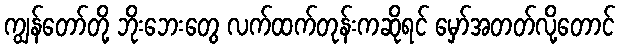
ကျွန်တော်တို့ ဘိုးဘေးတွေ လက်ထက်တုန်းကဆိုရင် မှော်အတတ်လို့တောင်